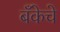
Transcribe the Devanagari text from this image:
बँकेचे